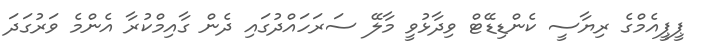
ޕީޕީއެމްގެ ރިޔާސީ ކެންޑިޑޭޓް ވިދާޅުވީ މާލޭ ސަރަހައްދުގައި ދެން ގާއިމްކުރާ އެންމެ ވަރުގަދަ